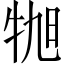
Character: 𪺬